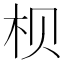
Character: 𪱷